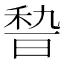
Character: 𱶋